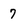
Character: 7